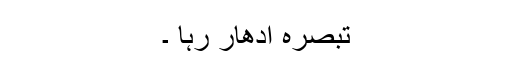
تبصرہ ادھار رہا ۔